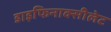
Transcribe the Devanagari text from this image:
डाइफिनाक्सीलेट